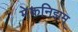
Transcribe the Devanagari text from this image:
मेकनिझम्